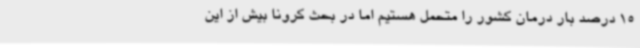
15 درصد بار درمان کشور را متحمل هستیم اما در بحث کرونا بیش از این